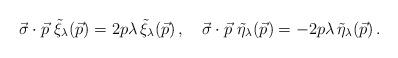
LaTeX: \begin{align*}\vec{\sigma}\cdot\vec{p}\,\,\tilde\xi_{\lambda}(\vec{p})=2p\lambda\,\tilde\xi_{\lambda}(\vec{p}) \,, \quad \vec{\sigma}\cdot\vec{p}\,\,\tilde\eta_{\lambda}(\vec{p})=-2p\lambda\,\tilde\eta_{\lambda}(\vec{p})\,.\end{align*}